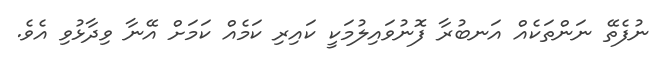
ނުފެތޭ ނަންތަކެއް އަނބުރާ ފޮނުވައިލުމަކީ ކައިރި ކަމެއް ކަމަށް އޭނާ ވިދާޅުވި އެވެ.